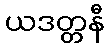
ယဒတ္တနီ